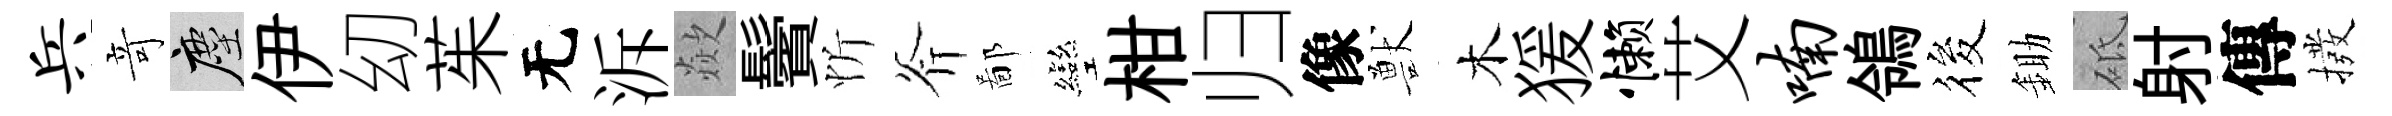
兵竒塵伊㓜茱无泝歘鬢忻斧鄙彎柑归像獸木猨懒艾喃鴒筱鋤砥射傳撥